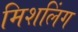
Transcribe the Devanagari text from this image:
मिशलिंग